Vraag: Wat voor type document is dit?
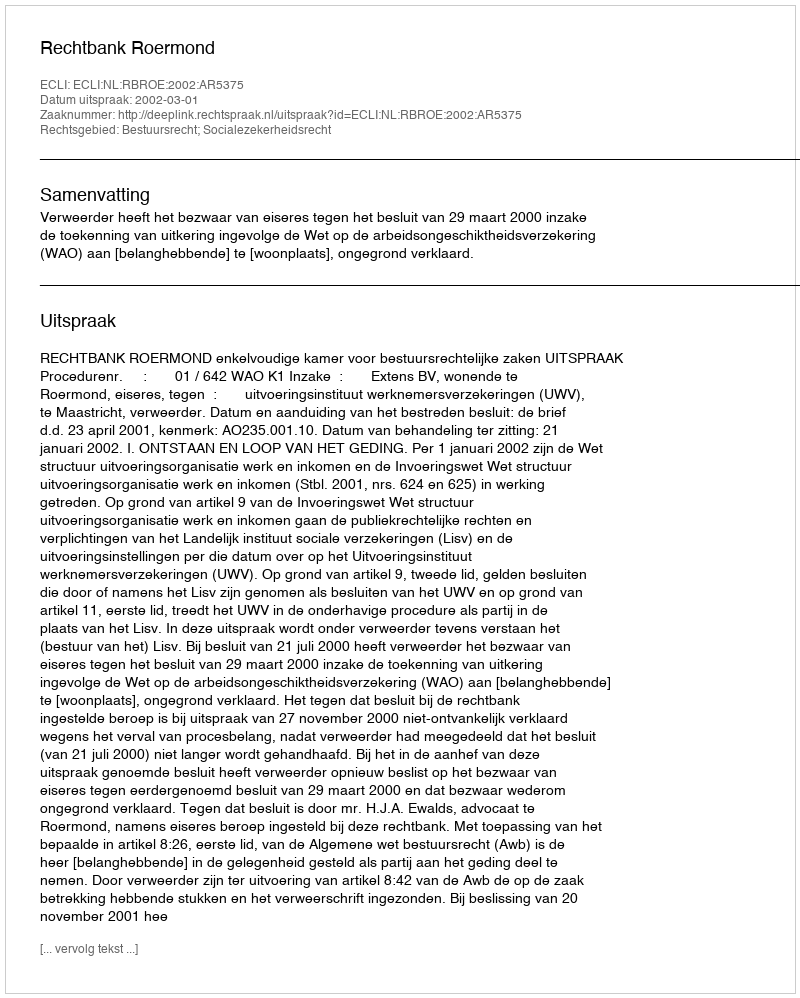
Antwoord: Uitspraak